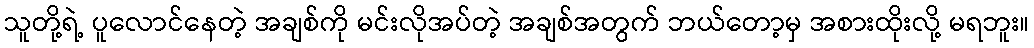
သူတို့ရဲ့ ပူလောင်နေတဲ့ အချစ်ကို မင်းလိုအပ်တဲ့ အချစ်အတွက် ဘယ်တော့မှ အစားထိုးလို့ မရဘူး။